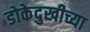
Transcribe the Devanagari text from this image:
डोकेदुखीच्या